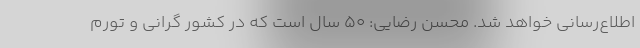
اطلاع‌رسانی خواهد شد. محسن رضایی: ۵۰ سال است که در کشور گرانی و تورم